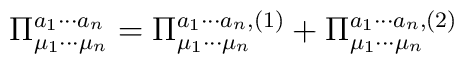
\Pi_{\mu_{1}\cdots \mu_{n}}^{a_{1}\cdots a_{n}} = \Pi_{\mu_{1}\cdots  \mu_{n}}^{a_{1}\cdots a_{n}, (1)} +  \Pi_{\mu_{1}\cdots\mu_{n}}^{a_{1}\cdots a_{n},(2)}